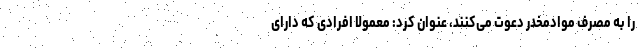
را به مصرف موادمخدر دعوت می‌کنند، عنوان کرد: معمولا افرادی که دارای